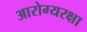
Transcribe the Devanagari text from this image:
आरोग्यरक्षा